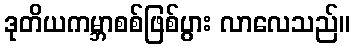
ဒုတိယကမ္ဘာစစ်ဖြစ်ပွား လာလေသည်။